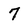
Character: 7